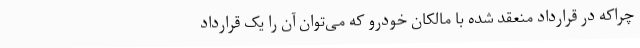
چراکه در قرارداد منعقد شده با مالکان خودرو که می‌توان آن را یک قرارداد